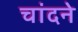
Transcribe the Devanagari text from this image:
चांदने